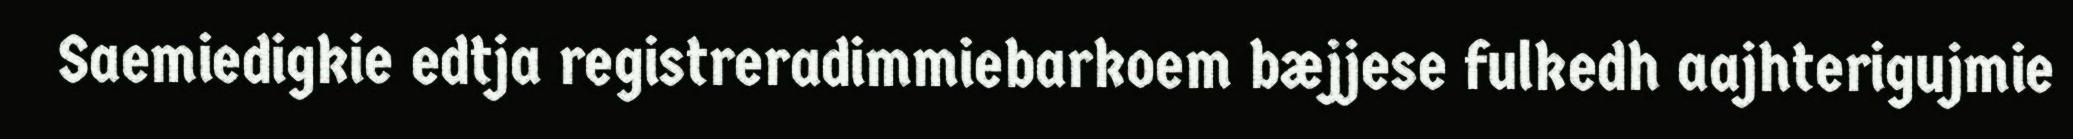
Saemiedigkie edtja registreradimmiebarkoem bæjjese fulkedh aajhterigujmie